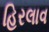
હિરલાવ